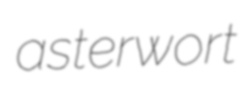
asterwort